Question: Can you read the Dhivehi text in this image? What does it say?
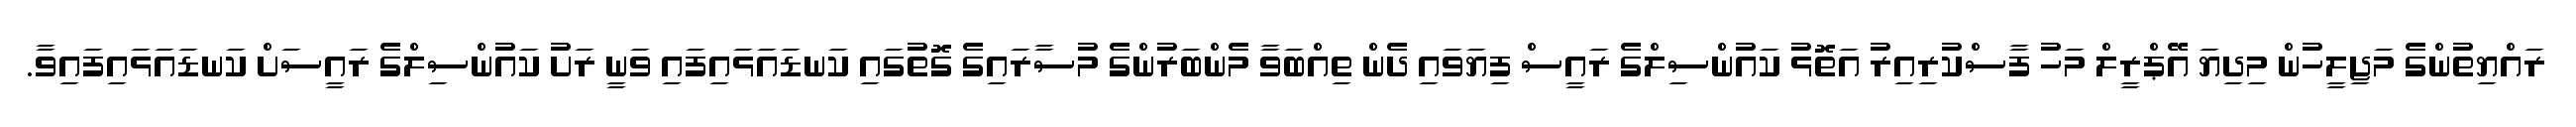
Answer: ރައްޔިތުންގެ މަޖިލީހުން މިދިޔަ އޭޕްރީލް މަހު ފާސްކުރިއިރު އަތޮޅު ކައުންސިލްގެ ރައީސް ފިޔަވައި ދެން ތިއްބަވާ މެންބަރުންގެ މުސާރައިގެ ގޮތުގައި ކަނޑައަޅައިފައި ވަނީ ރަށު ކައުންސިލްގެ ރައީސަށް ކަނޑައަޅައިފައިވާ.